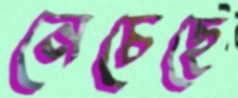
নেচেছে